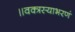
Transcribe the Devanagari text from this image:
॥वक्त्रस्याभरणं